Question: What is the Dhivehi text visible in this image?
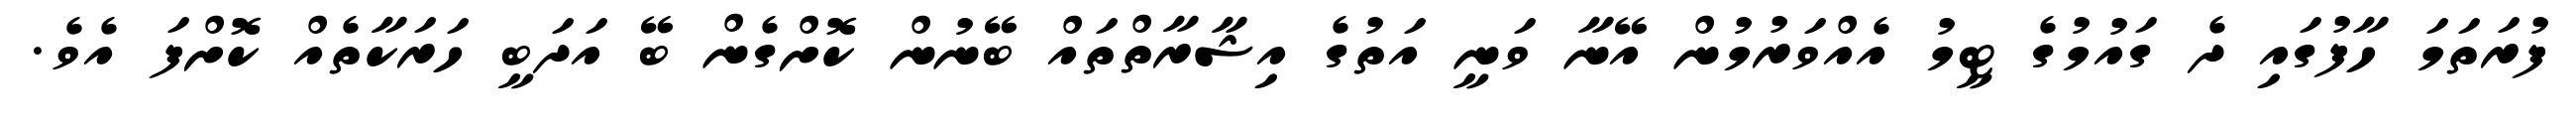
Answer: ފުރަތަމަ ހާފުގައި ދެ ގައުމުގެ ޓީމު އެއްވަރުމުން އޭނާ ވަނީ އަތުގެ އިޝާރާތްތައް ބޭނުން ކޮށްގެން ބޭ އަދަބީ ހަރަކާތެއް ކޮށްފަ އެވެ.